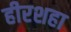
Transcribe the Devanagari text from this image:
हीरशहा